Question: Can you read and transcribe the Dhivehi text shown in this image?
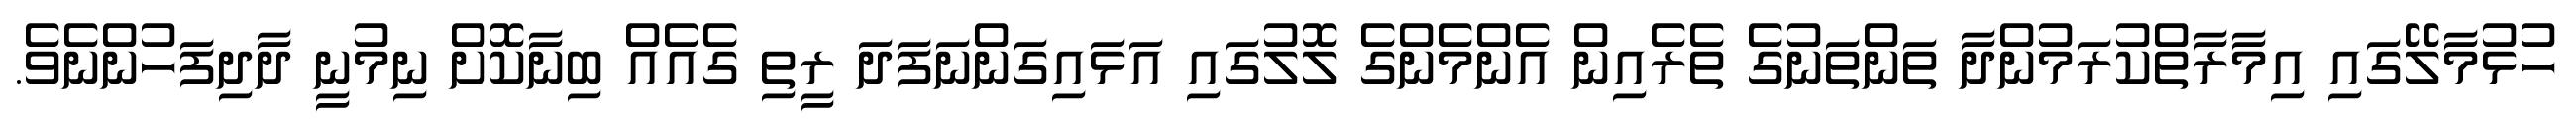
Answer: ހުޅުމާލޭގައި އިމާރާތްކުރަމުންދާ ތަންތަނުގެ ތެރެއިން އެންމެންގެ ލޮލުގައި އަޅައިގަންނަފަދަ ރީތި ގެއެއް ބިނާކޮށް ނިމުނީ ދާދިފަހުންނެވެ.